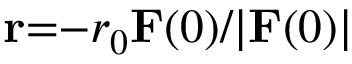
\mathbf { r } { = } { - } r _ { 0 } \mathbf { F } ( 0 ) / | \mathbf { F } ( 0 ) |